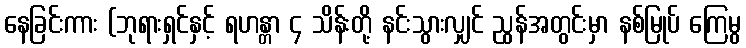
နေခြင်းကား (ဘုရားရှင်နှင့် ရဟန္တာ ၄ သိန်းတို့ နင်းသွားလျှင် ညွန်အတွင်းမှာ နစ်မြုပ် ကြေမွ